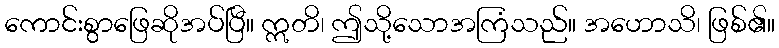
ကောင်းစွာဖြေဆိုအပ်ပြီ။ ဣတိ၊ ဤသို့သောအကြံသည်။ အဟောသိ၊ ဖြစ်၏။